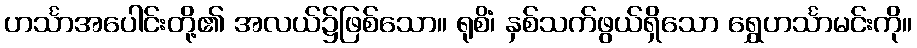
ဟင်္သာအပေါင်းတို့၏ အလယ်၌ဖြစ်သော။ ရုစိံ၊ နှစ်သက်ဖွယ်ရှိသော ရွှေဟင်္သာမင်းကို။